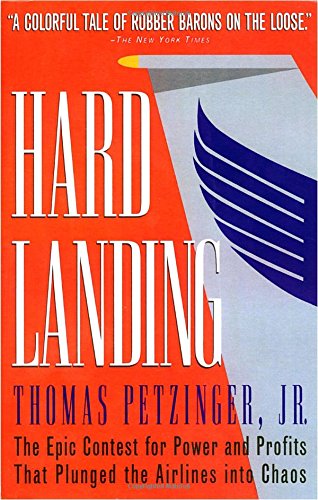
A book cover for Hard Landing: The Epic Contest for Power and Profits That Plunged the Airlines into Chaos; Thomas Petzinger Jr.; Business & Money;